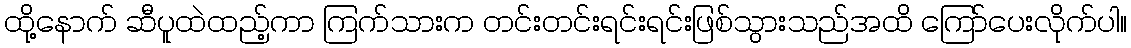
ထို့နောက် ဆီပူထဲထည့်ကာ ကြက်သားက တင်းတင်းရင်းရင်းဖြစ်သွားသည်အထိ ကြော်ပေးလိုက်ပါ။